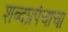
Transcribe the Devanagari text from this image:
शब्दप्रपंचाचा